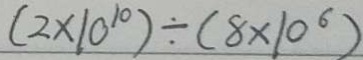
( 2 \times 1 0 ^ { 1 0 } ) \div ( 8 \times 1 0 ^ { 6 } )